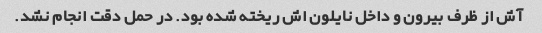
آش از ظرف بیرون و داخل نایلون اش ریخته شده بود. در حمل دقت انجام نشد.